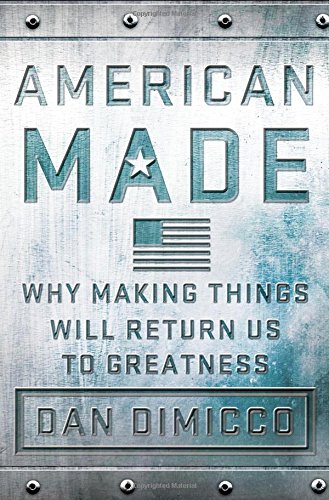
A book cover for American Made: Why Making Things Will Return Us to Greatness; Dan DiMicco; Business & Money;